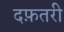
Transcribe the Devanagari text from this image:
दफ़तरी